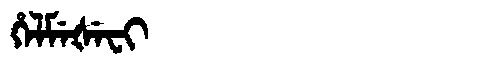
Manchu: ᡥᡝᠯᠮᡝᡧᡝᠸᡳ
Romanization: HELMEŠEFI